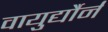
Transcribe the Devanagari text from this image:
वायुर्द्यौर्न